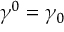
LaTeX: \gamma ^ { 0 } = \gamma _ { 0 }